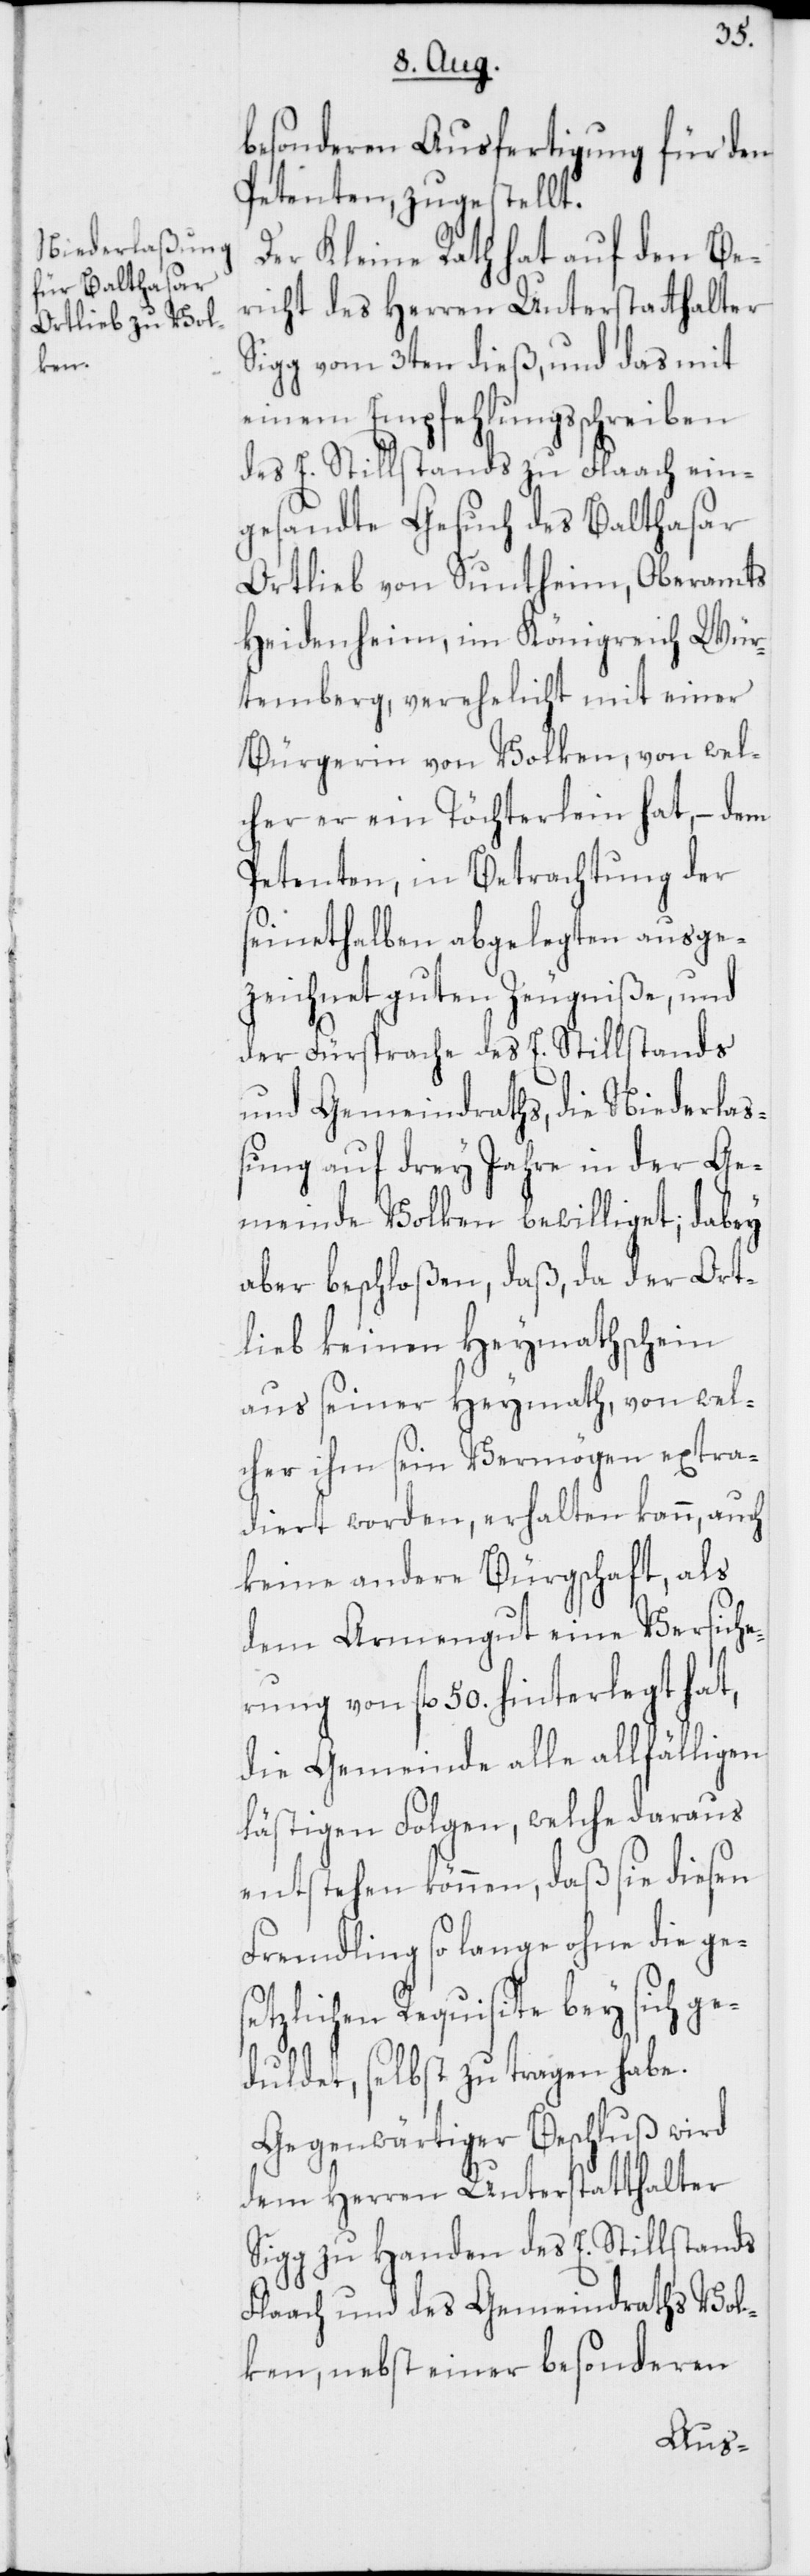
besonderen Ausfertigung für den
Petenten, zugestellt.
Der Kleine Rath hat auf den Be¬
richt des Herren Unterstatthalter
Sigg vom 3ten dieß, und das mit
einem Empfehlungsschreiben
des E. Stillstands zu Flaach ein¬
gesandte Gesuch des Balthasar
Ortlieb von Suntheim, Oberamts
Heidenheim im Königreich Wür¬
temberg, verehelicht mit einer
Bürgerin von Volken, von wel¬
cher er ein Töchterlein hat, – dem
Petenten, in Betrachtung der
seinethalben abgelegten ausge¬
zeichnet guten Zeugniße, und
der Fürsprache des E. Stillstands
und Gemeindraths, die Niederla¬
ßung auf drey Jahre in der Ge¬
meinde Volken bewilliget, dabey
aber beschloßen, daß, da der Ort¬
lieb keinen Heymathschein
aus seiner Heymath, von wel¬
cher ihm sein Vermögen extra¬
diert worden, erhalten kann, auch
keine andere Bürgschaft, als
dem Armengut eine Versiche¬
rung von fl. 50. hinterlegt hat,
die Gemeinde alle allfälligen
lästigen Folgen, welche daraus
entstehen können, daß sie diesen
Fremdling so lange ohne die ges¬
etzlichen Requisite bey sich g¬
eduldet, selbst zu tragen habe.
Gegenwärtiger Beschluß wird
dem Herren Unterstatthalter
Sigg zu Handen des E. Stillstands
Flaach und des Gemeindraths Vol¬
ken, nebst einer besonderen